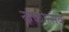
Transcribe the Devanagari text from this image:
खेळोत्सव